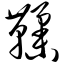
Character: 鞣